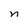
Character: n